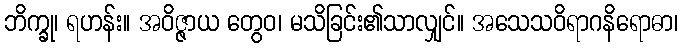
ဘိက္ခု၊ ရဟန်း။ အဝိဇ္ဇာယ တွေဝ၊ မသိခြင်း၏သာလျှင်။ အသေသဝိရာဂနိရောဓာ၊